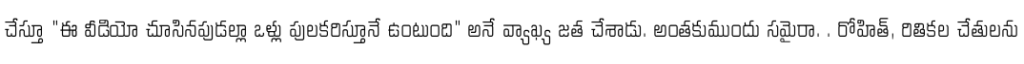
చేస్తూ "ఈ వీడియో చూసినపుడల్లా ఒళ్లు పులకరిస్తూనే ఉంటుంది" అనే వ్యాఖ్య జత చేశాడు. అంతకుముందు సమైరా. . రోహిత్, రితికల చేతులను